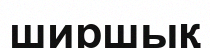
ширшық